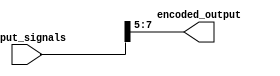
module priority_encoder(
    input [7:0] input_signals,
    output [2:0] encoded_output
);

assign encoded_output = {input_signals[7], input_signals[6], input_signals[5]};

endmodule